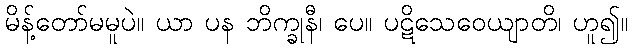
မိန့်တော်မမူပဲ။ ယာ ပန ဘိက္ခုနီ၊ ပေ။ ပဋိသေဝေယျာတိ၊ ဟူ၍။